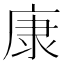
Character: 康